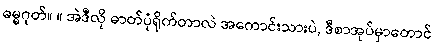
ဓမ္မဂုတ်။ ။ အဲဒီလို ဓာတ်ပုံရိုက်တာလဲ အကောင်းသားပဲ, ဒီစာအုပ်မှာတောင်